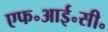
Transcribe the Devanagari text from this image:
एफ॰आई॰सी॰